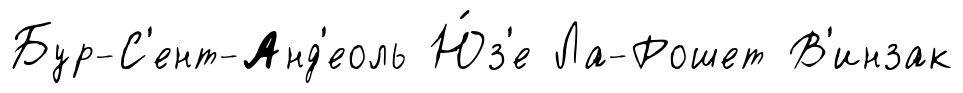
Бур-С'ент-Анд'еоль Ю́з'е Ла-Рошет В'инзак